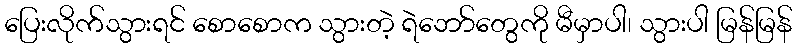
ပြေးလိုက်သွားရင် စောစောက သွားတဲ့ ရဲဘော်တွေကို မီမှာပါ၊ သွားပါ မြန်မြန်